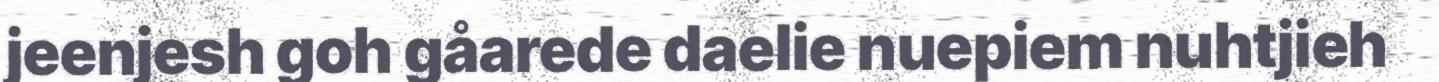
jeenjesh goh gåarede daelie nuepiem nuhtjieh